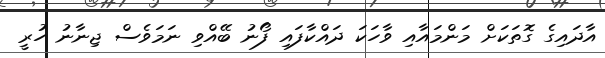
އާދައިގެ ގޮތަކަށް މަންމައާއި ވާހަކަ ދައްކާފައި ފޯނު ބޭއްވި ނަމަވެސް ޖިނާނު ހުރީ